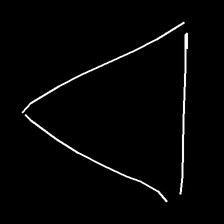
Glyph: convergence